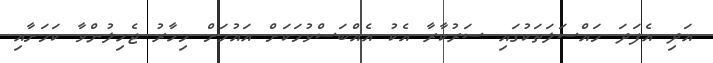
އަދި އެފަދަ މައްސަލަތަކުގައި ސަރުކާރާ އެކު އެއްބަސްވުމަކަށް އައުމަށް މިހާރު ޖެހިލުންވާ ކަމަށާއި